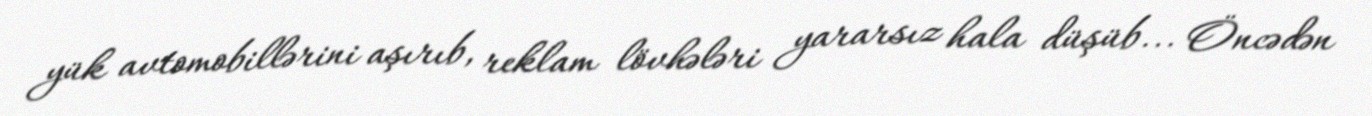
yük avtomobillərini aşırıb, reklam lövhələri yararsız hala düşüb... Öncədən